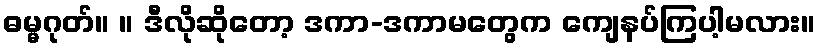
ဓမ္မဂုတ်။ ။ ဒီလိုဆိုတော့ ဒကာ-ဒကာမတွေက ကျေနပ်ကြပါ့မလား။